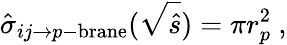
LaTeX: \hat{\sigma}_{ij\to p\mathrm{-brane}}(\sqrt{\hat{s}})=\pi r_{p}^{2}\ ,